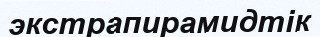
экстрапирамидтік